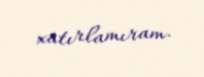
xatırlamıram.